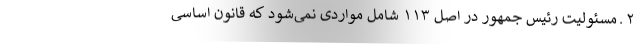
۲ ـ مسئولیت رئیس جمهور در اصل ۱۱۳ شامل مواردی نمی‌شود که قانون اساسی